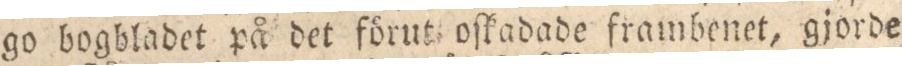
go bogbladet på det förut oſkadade frambenet, gjorde